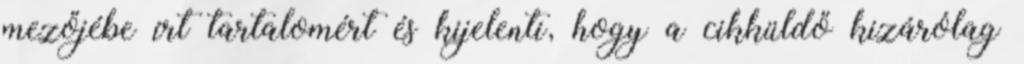
mezőjébe írt tartalomért és kijelenti, hogy a cikküldő kizárólag